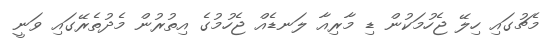
މެޗުގައި ހިލޭ ޖެހުމަކުން ޑި މާރިއާ ލަނޑެއް ޖެހުމުގެ އިތުރުން މެދުތެރޭގައި ވަނީ